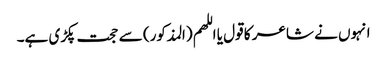
انہوں نے شاعر کا قول یا اللھم (المذکور) سے حجت پکڑی ہے۔